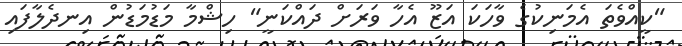
"ކީއްވެތަ އެމަނިކުގެ ވާހަކަ އަޒޫ އެހާ ވަރަށް ދައްކަނީ" ހިޝްމާ މަޑުމަޑުން އިނދެލާފައި